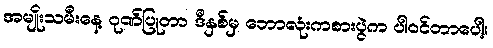
အမျိုးသမီးနေ့ ဂုဏ်ပြုတာ ဒီနှစ်မှ ဘောလုံးကစားပွဲက ပါဝင်တာပေါ့။